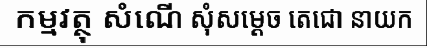
កម្មវត្ថុ សំណើ សុំសម្តេច តេជោ នាយក